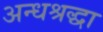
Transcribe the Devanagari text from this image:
अन्धश्रद्धा